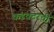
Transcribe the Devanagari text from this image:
कंडक्टरची